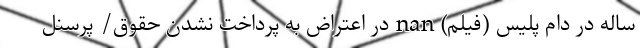
ساله در دام پلیس (فیلم) nan در اعتراض به پرداخت نشدن حقوق/ پرسنل